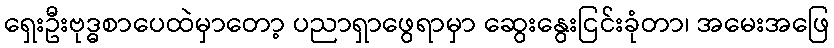
ရှေးဦးဗုဒ္ဓစာပေထဲမှာတော့ ပညာရှာဖွေရာမှာ ဆွေးနွေးငြင်းခုံတာ၊ အမေးအဖြေ